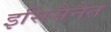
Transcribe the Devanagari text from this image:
इसिसैनैत